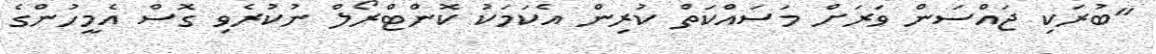
"ބުރަކި ޖައްސަން ވަރަށް މަސައްކަތް ކުރިން އެކަމަކު ކޮންޓްރޯލް ނުކުރެވި ގޮސް އެމީހުންގެ